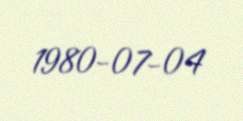
1980-07-04